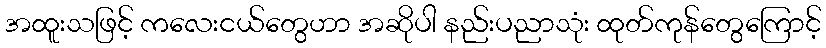
အထူးသဖြင့် ကလေးငယ်တွေဟာ အဆိုပါ နည်းပညာသုံး ထုတ်ကုန်တွေကြောင့်